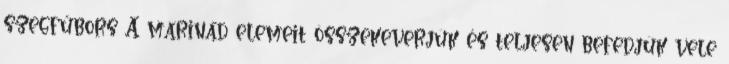
szegfűbors A marinád elemeit összekeverjük és teljesen befedjük vele